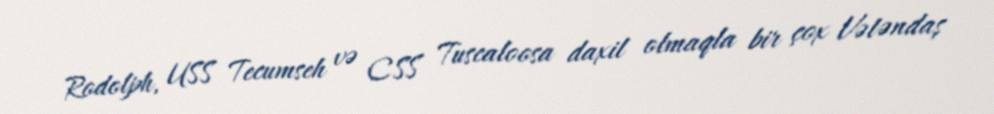
Rodolph, USS Tecumseh və CSS Tuscaloosa daxil olmaqla bir çox Vətəndaş